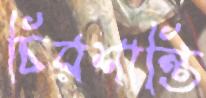
চিরশান্তি